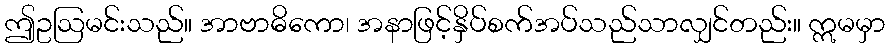
ဤဥဩမင်းသည်။ အာဗာဓိကော၊ အနာဖြင့်နှိပ်စက်အပ်သည်သာလျှင်တည်း။ ဣမမှာ